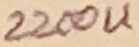
Text: 2200Z